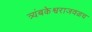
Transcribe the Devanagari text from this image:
त्र्यंबकेश्वराजवळच